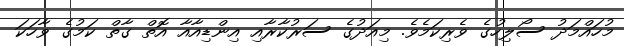
މުހައްމަދު ސޯލިހުގެ ވެރިކަމެވެ. މިއަދުގެ ސަރުކާރާއި އިންޑިއާއާ އޮތް ގާތް ކަމުގެ ވާހަކަ